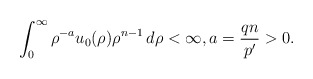
\begin{align*}\int_{0}^\infty \rho^{-a}u_0(\rho)\rho^{n-1}\,d\rho<\infty,a=\frac{qn}{p'}>0.\end{align*}